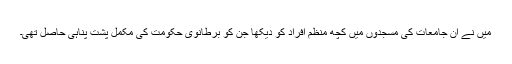
میں نے ان جامعات کی مسجدوں میں کچھ منظم افراد کو دیکھا جن کو برطانوی حکومت کی مکمل پشت پناہی حاصل تھی۔